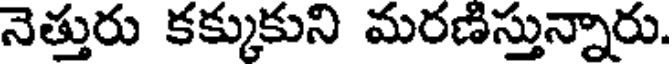
నెత్తురు కక్కుకుని మరణిస్తున్నారు.